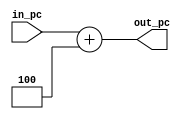
`timescale 1ns / 1ps
//////////////////////////////////////////////////////////////////////////////////
// Company: 
// Engineer: 
// 
// Design Name: 
// Module Name: PC4
// Project Name: 
// Target Devices: 
// Tool Versions: 
// Description: 
// 
// Dependencies: 
// 
// Revision:
// Revision 0.01 - File Created
// Additional Comments:
// 
//////////////////////////////////////////////////////////////////////////////////


module PC4(
    input wire [31:0] in_pc,
    output wire [31:0] out_pc
    );
    assign out_pc[31:0] = in_pc[31:0] + 4;
endmodule